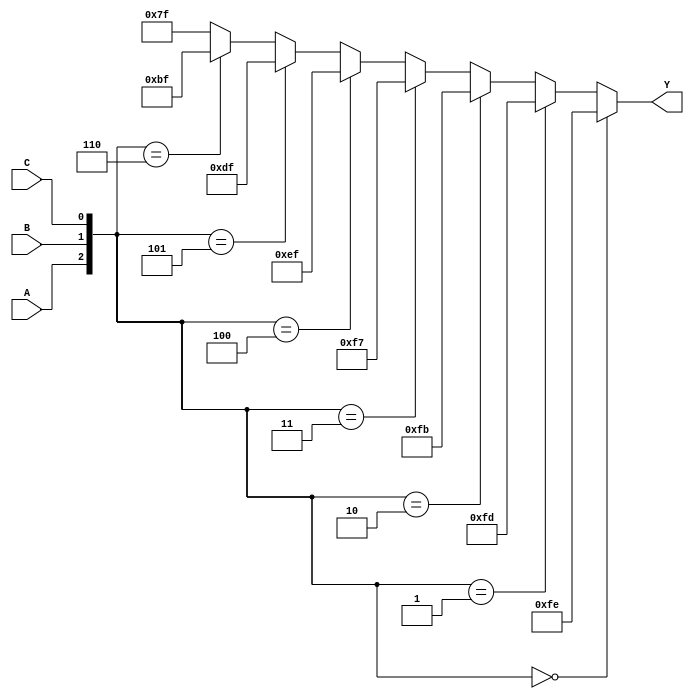
module DECODER3_8(A, B, C, Y);
    input A, B, C;
    output [7:0] Y;

    reg [7:0] Y;

    always @(A or B or C)
        if ({A, B, C} == 3'o0)
            Y = {8'b11111110};
        else if ({A, B, C} == 3'o1)
            Y = {8'b11111101};
        else if ({A, B, C} == 3'o2)
            Y = {8'b11111011};
        else if ({A, B, C} == 3'o3)
            Y = {8'b11110111};
        else if ({A, B, C} == 3'o4)
            Y = {8'b11101111};
        else if ({A, B, C} == 3'o5)
            Y = {8'b11011111};
        else if ({A, B, C} == 3'o6)
            Y = {8'b10111111};
        else
            Y = {8'b01111111};
endmodule